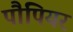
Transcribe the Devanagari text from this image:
पौपियर